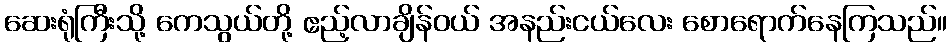
ဆေးရုံကြီးသို့ ကေသွယ်တို့ ဧည့်လာချိန်ဝယ် အနည်းငယ်လေး စောရောက်နေကြသည်။